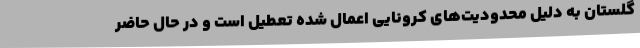
گلستان به دلیل محدودیت‌های کرونایی اعمال شده تعطیل است و در حال حاضر